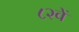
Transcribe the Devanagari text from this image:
८२वें